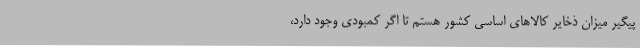
پیگیر میزان ذخایر کالاهای اساسی کشور هستم تا اگر کمبودی وجود دارد،